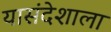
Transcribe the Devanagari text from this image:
यासंदेशाला